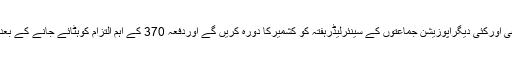
کانگریس کےسابق صدرراہل گاندھی اورکئی دیگراپوزیشن جماعتوں کے سینئرلیڈرہفتہ کو کشمیرکا دورہ کریں گے اوردفعہ 370 کے اہم التزام کوہٹائے جانے کے بعد وہاں کے حالات کا جائزہ لیں گے۔